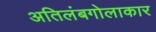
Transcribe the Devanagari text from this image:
अतिलंबगोलाकार